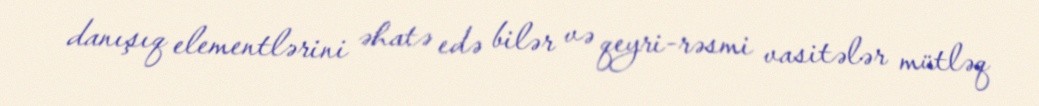
danışıq elementlərini əhatə edə bilər və qeyri-rəsmi vasitələr mütləq